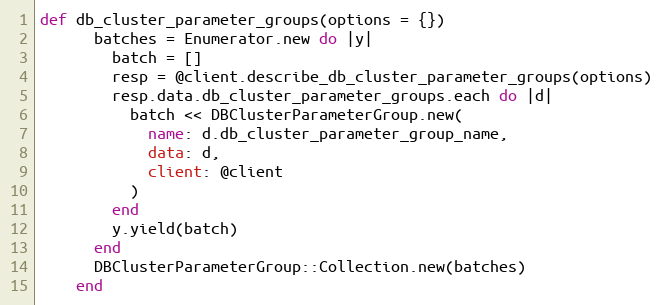
Language: Ruby
def db_cluster_parameter_groups(options = {})
      batches = Enumerator.new do |y|
        batch = []
        resp = @client.describe_db_cluster_parameter_groups(options)
        resp.data.db_cluster_parameter_groups.each do |d|
          batch << DBClusterParameterGroup.new(
            name: d.db_cluster_parameter_group_name,
            data: d,
            client: @client
          )
        end
        y.yield(batch)
      end
      DBClusterParameterGroup::Collection.new(batches)
    end